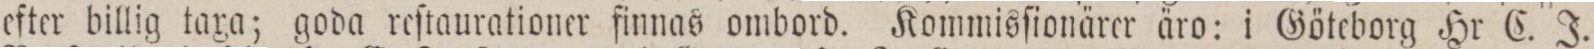
efter billig taxa; goda reſtaurationer finnas ombord. Kommisſionärer äro: i Göteborg Hr C. J.